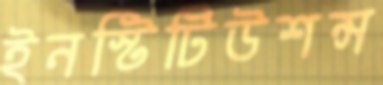
ইনস্টিটিউশন্স